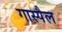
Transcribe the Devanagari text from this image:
गास्पैल